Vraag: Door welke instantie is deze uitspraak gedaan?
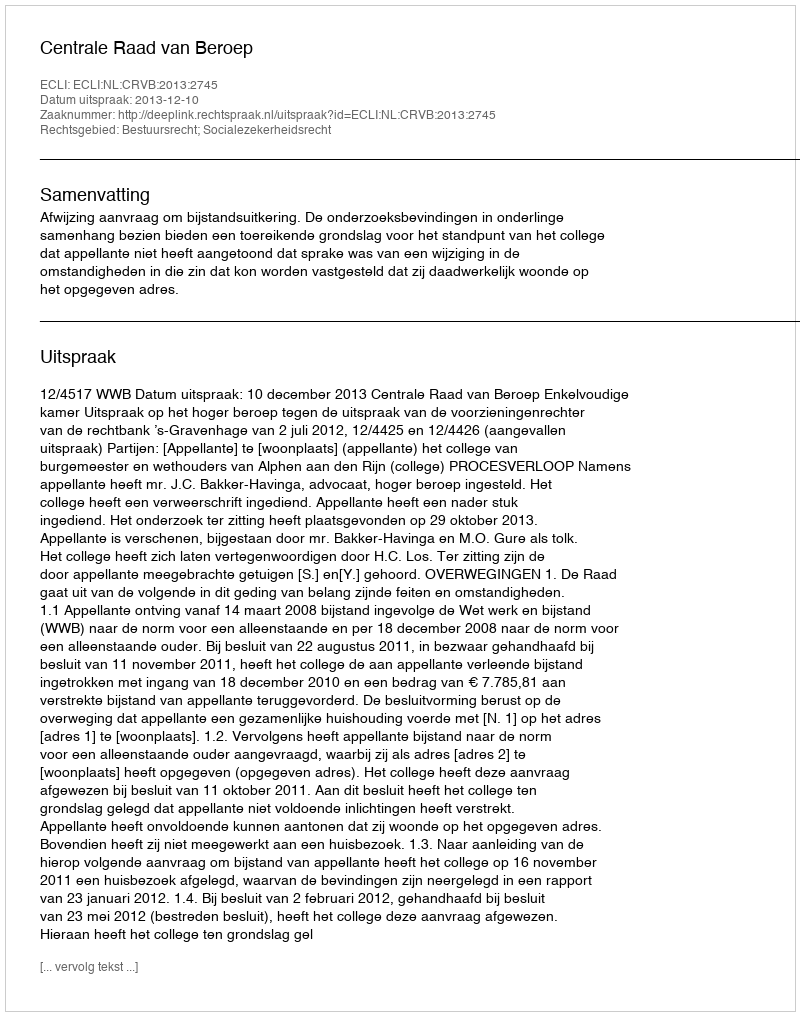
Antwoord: Centrale Raad van Beroep